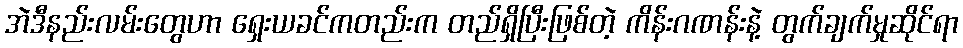
အဲဒီနည်းလမ်းတွေဟာ ရှေးယခင်ကတည်းက တည်ရှိပြီးဖြစ်တဲ့ ကိန်းဂဏန်းနဲ့ တွက်ချက်မှုဆိုင်ရာ